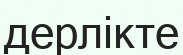
дерлікте